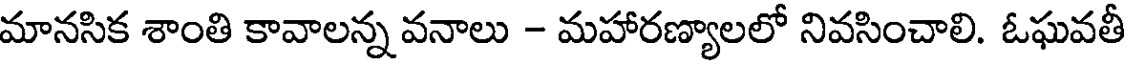
మానసిక శాంతి కావాలన్న వనాలు - మహారణ్యాలలో నివసించాలి. ఓఘవతీ